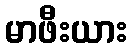
မာဖီးယား